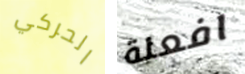
الحركي افعلة